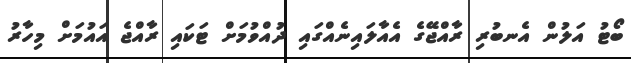
ބޯޓު އަލުން އެނބުރި ރާއްޖޭގެ އެއާލައިނެއްގައި ދުއްވުމަށް ޓަކައި ރާއްޖެ އައުމަށް މިހާރު